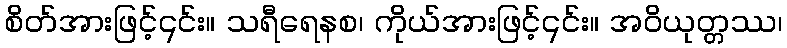
စိတ်အားဖြင့်၎င်း။ သရီရေနစ၊ ကိုယ်အားဖြင့်၎င်း။ အဝိယုတ္တဿ၊